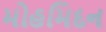
મોહમિદન